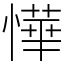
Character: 㦊